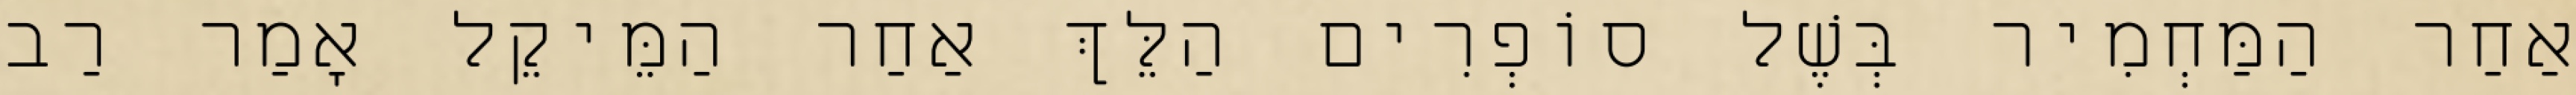
אַחַר הַמַּחְמִיר בְּשֶׁל סוֹפְרִים הַלֵּךְ אַחַר הַמֵּיקֵל אָמַר רַב